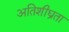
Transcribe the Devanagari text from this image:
अतिशीघ्रता